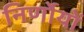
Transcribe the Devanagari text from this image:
निर्णोयों